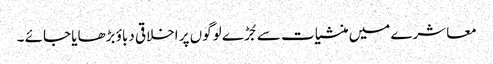
معاشرے میں منشیات سے جُڑے لوگوں پر اخلاقی دباؤ بڑھایا جائے ۔